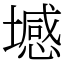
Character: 㙳